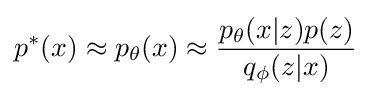
p^{*}(x)\approx p_{\theta }(x)\approx {\frac {p_{\theta }(x|z)p(z)}{q_{\phi }(z|x)}}